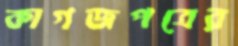
কাগজপত্রের